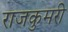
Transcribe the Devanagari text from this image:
राजकुमरी